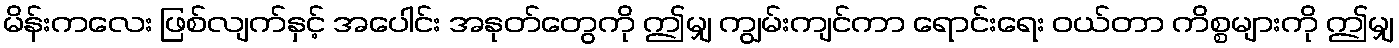
မိန်းကလေး ဖြစ်လျက်နှင့် အပေါင်း အနုတ်တွေကို ဤမျှ ကျွမ်းကျင်ကာ ရောင်းရေး ဝယ်တာ ကိစ္စများကို ဤမျှ